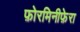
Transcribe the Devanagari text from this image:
फ़ोरमिनीफ़ेरा